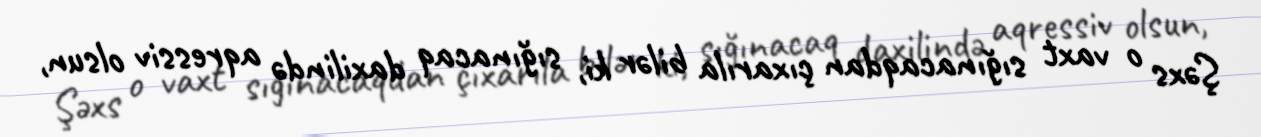
Şəxs o vaxt sığınacaqdan çıxarıla bilər ki, sığınacaq daxilində aqressiv olsun,